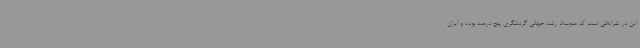
این در شرایطی است که متوسط رشد جهانی گردشگری پنج درصد بوده و ایران